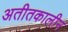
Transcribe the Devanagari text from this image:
अतीतकालीन